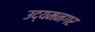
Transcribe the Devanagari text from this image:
उद्यमनगर